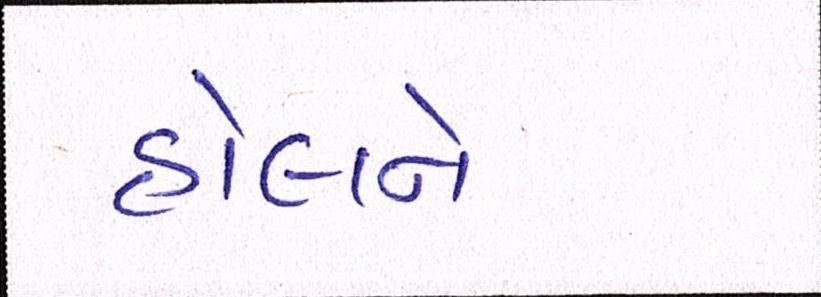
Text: હોલને